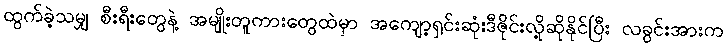
ထွက်ခဲ့သမျှ စီးရီးတွေနဲ့ အမျိုးတူကားတွေထဲမှာ အကျော့ရှင်းဆုံးဒီဇိုင်းလို့ဆိုနိုင်ပြီး လခွင်းအားက